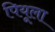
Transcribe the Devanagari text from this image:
पियूला